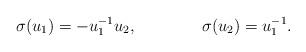
LaTeX: \begin{align*}\sigma(u_1)=-u_1^{-1}u_2,\qquad\qquad\sigma(u_2)=u_1^{-1}.\end{align*}